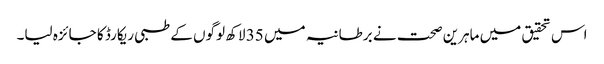
اس تحقیق میں ماہرین صحت نے برطانیہ میں 35 لاکھ لوگوں کے طبی ریکارڈ کا جائزہ لیا۔